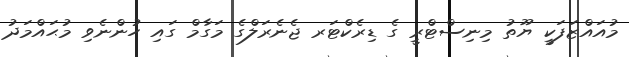
މުއައްޒަފަކީ ޔޫތު މިނިސްޓްރީ ގެ ޑިރެކްޓަރ ޖެނެރަލްގެ މަގާމް ގައި ހުންނެވި މުޙައްމަދު